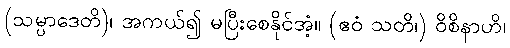
(သမ္ပာဒေတိ)၊ အကယ်၍ မပြီးစေနိုင်အံ့။ (ဧဝံ သတိ၊) ဝိစိနာဟိ၊